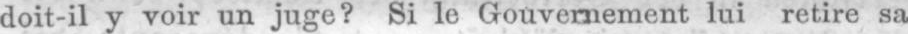
doit-il y voir un juge? Si le Gouvernement lui retire sa